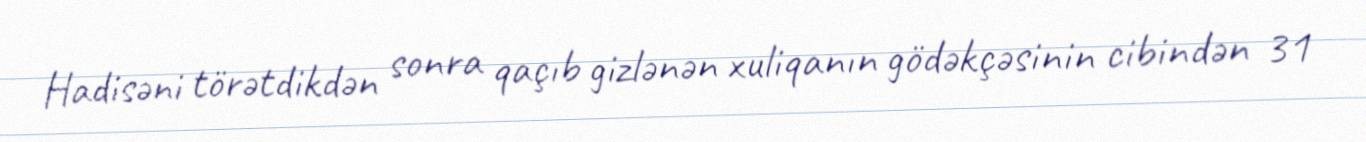
Hadisəni törətdikdən sonra qaçıb gizlənən xuliqanın gödəkçəsinin cibindən 31